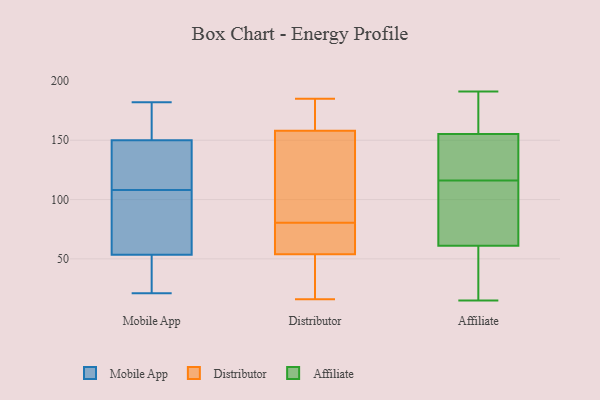
{"axis": {"x": "Page Views", "y": "Value"}, "legend": ["Affiliate", "Distributor", "Mobile App"], "data": [{"x": "", "y": 168, "type": "Mobile App"}, {"x": "", "y": 94, "type": "Mobile App"}, {"x": "", "y": 92, "type": "Mobile App"}, {"x": "", "y": 157, "type": "Mobile App"}, {"x": "", "y": 42, "type": "Mobile App"}, {"x": "", "y": 162, "type": "Mobile App"}, {"x": "", "y": 132, "type": "Mobile App"}, {"x": "", "y": 34, "type": "Mobile App"}, {"x": "", "y": 98, "type": "Mobile App"}, {"x": "", "y": 108, "type": "Mobile App"}, {"x": "", "y": 182, "type": "Mobile App"}, {"x": "", "y": 125, "type": "Mobile App"}, {"x": "", "y": 88, "type": "Mobile App"}, {"x": "", "y": 156, "type": "Mobile App"}, {"x": "", "y": 26, "type": "Mobile App"}, {"x": "", "y": 108, "type": "Mobile App"}, {"x": "", "y": 21, "type": "Mobile App"}, {"x": "", "y": 117, "type": "Mobile App"}, {"x": "", "y": 29, "type": "Mobile App"}, {"x": "", "y": 182, "type": "Distributor"}, {"x": "", "y": 69, "type": "Distributor"}, {"x": "", "y": 62, "type": "Distributor"}, {"x": "", "y": 21, "type": "Distributor"}, {"x": "", "y": 86, "type": "Distributor"}, {"x": "", "y": 75, "type": "Distributor"}, {"x": "", "y": 98, "type": "Distributor"}, {"x": "", "y": 90, "type": "Distributor"}, {"x": "", "y": 75, "type": "Distributor"}, {"x": "", "y": 159, "type": "Distributor"}, {"x": "", "y": 22, "type": "Distributor"}, {"x": "", "y": 175, "type": "Distributor"}, {"x": "", "y": 54, "type": "Distributor"}, {"x": "", "y": 47, "type": "Distributor"}, {"x": "", "y": 158, "type": "Distributor"}, {"x": "", "y": 16, "type": "Distributor"}, {"x": "", "y": 185, "type": "Distributor"}, {"x": "", "y": 151, "type": "Distributor"}, {"x": "", "y": 49, "type": "Affiliate"}, {"x": "", "y": 136, "type": "Affiliate"}, {"x": "", "y": 40, "type": "Affiliate"}, {"x": "", "y": 191, "type": "Affiliate"}, {"x": "", "y": 133, "type": "Affiliate"}, {"x": "", "y": 154, "type": "Affiliate"}, {"x": "", "y": 94, "type": "Affiliate"}, {"x": "", "y": 79, "type": "Affiliate"}, {"x": "", "y": 140, "type": "Affiliate"}, {"x": "", "y": 179, "type": "Affiliate"}, {"x": "", "y": 15, "type": "Affiliate"}, {"x": "", "y": 32, "type": "Affiliate"}, {"x": "", "y": 65, "type": "Affiliate"}, {"x": "", "y": 167, "type": "Affiliate"}, {"x": "", "y": 116, "type": "Affiliate"}, {"x": "", "y": 159, "type": "Affiliate"}, {"x": "", "y": 71, "type": "Affiliate"}]}